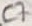
Text: C7